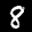
Label: 8